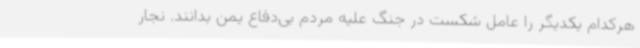
هرکدام یکدیگر را عامل شکست در جنگ علیه مردم بی‌دفاع یمن بدانند. نجار